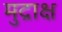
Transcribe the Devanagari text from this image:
मुद्राक्ष